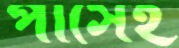
পাসেই